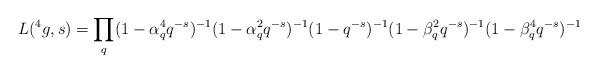
LaTeX: \begin{align*}L(^4g,s) &= \prod_{q } (1-\alpha_q^4 q^{-s})^{-1}(1-\alpha_q^2 q^{-s})^{-1}(1-q^{-s})^{-1} (1-\beta_q^2 q^{-s})^{-1} (1-\beta_q^4 q^{-s})^{-1}\end{align*}